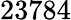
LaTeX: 23784